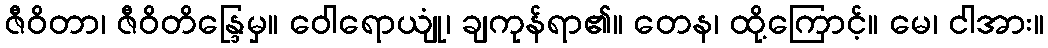
ဇီဝိတာ၊ ဇီဝိတိန္ဒြေမှ။ ဝေါရောယျုံ၊ ချကုန်ရာ၏။ တေန၊ ထို့ကြောင့်။ မေ၊ ငါအား။